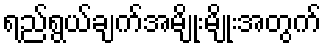
ရည်ရွယ်ချက်အမျိုးမျိုးအတွက်